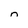
Character: n